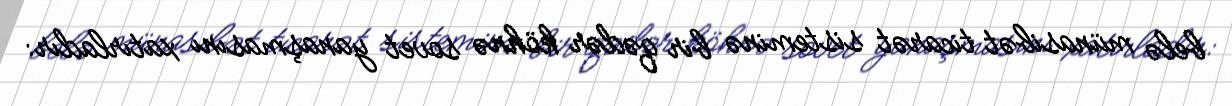
belə münasibət ticarət sisteminə bir qədər köhnə sovet yanaşmasını xatırladır: